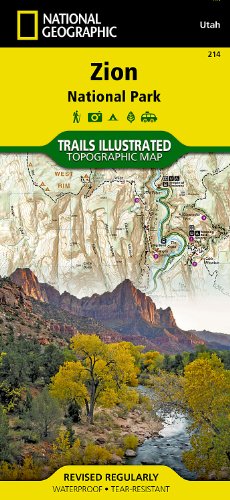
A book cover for Zion National Park (National Geographic Trails Illustrated Map); National Geographic Maps - Trails Illustrated; Reference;